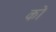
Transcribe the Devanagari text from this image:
को